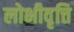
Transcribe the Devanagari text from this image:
लोभीवृत्ति